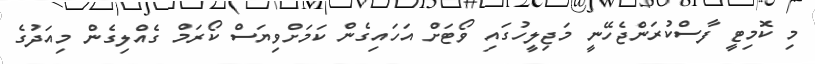
މި ކޮމިޓީ ފާސްކުރަންޖެހޭނީ މަޖިލީހުގައި ވޯޓަށް އަހައިގެން ކަމަށްވިޔަސް ކޯރަމް ގެއްލިގެން މިއަދުގެ